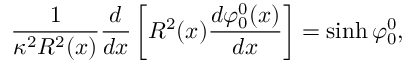
\frac { 1 } { \kappa ^ { 2 } R ^ { 2 } ( x ) } \frac { d } { d x } \left[ R ^ { 2 } ( x ) \frac { d \varphi _ { 0 } ^ { 0 } ( x ) } { d x } \right] = \sinh \varphi _ { 0 } ^ { 0 } ,